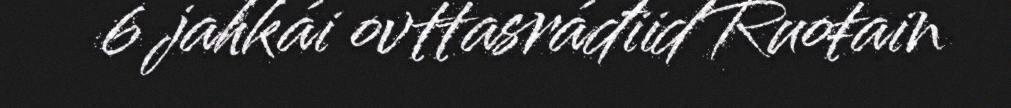
6 jahkái ovttasráđiid Ruoŧain